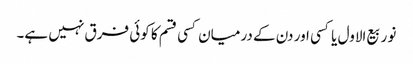
نو ربیع الاول یا کسی اور دن کے درمیان کسی قسم کا کوئی فرق نہیں ہے۔